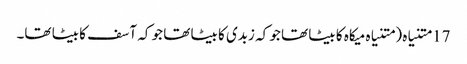
17 متنیاہ ( متنیاہ میکاہ کا بیٹا تھا جو کہ زبدی کا بیٹا تھا جو کہ آسف کا بیٹا تھا۔